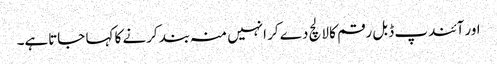
اور آئندپ ڈبل رقم کا لالچ دے کر انہیں منہ بند کرنے کا کہا جاتاہے۔